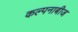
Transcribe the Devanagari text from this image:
कल्पनाबीज